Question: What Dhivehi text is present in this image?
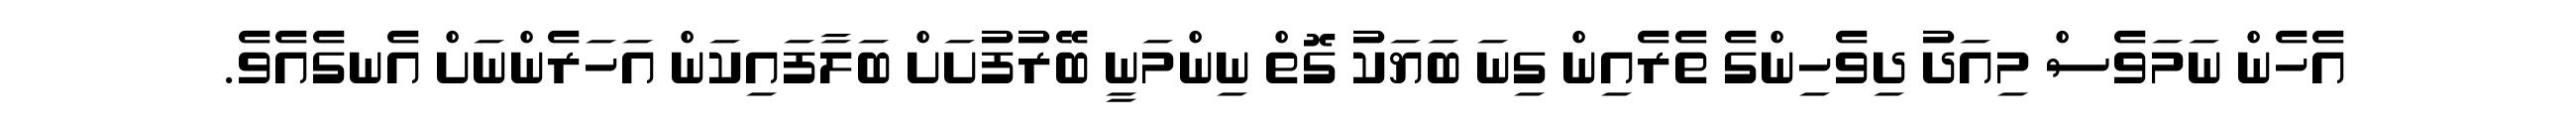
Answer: އެހެން ނަމަވެސް މިއަދު ދިވެހިންގެ ތެރެއިން ގިނަ ބަޔަކު ގޮތް ނިންމަނީ ބޭރުފުށަށް ބަލާފައިކަން އަހަރެންނަށް އެނގެއެވެ.